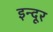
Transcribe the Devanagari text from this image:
इन्दूर